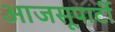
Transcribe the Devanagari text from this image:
आजसूपार्टी